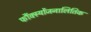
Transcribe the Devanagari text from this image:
फौंक्स्योंजनालितिक